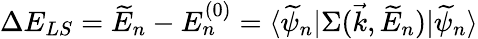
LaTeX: \Delta E_{LS}=\widetilde{E}_{n}-E_{n}^{(0)}=\langle\widetilde\psi_{n}|\Sigma(\vec{k},\widetilde{E}_{n})|\widetilde\psi_{n}\rangle